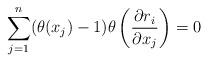
LaTeX: \begin{align*}\sum_{j=1}^n(\theta(x_j)-1)\theta\left(\frac{\partial r_i}{\partial x_j}\right)=0\end{align*}